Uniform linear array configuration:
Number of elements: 48
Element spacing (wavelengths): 0.25
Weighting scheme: uniform
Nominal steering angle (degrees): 15
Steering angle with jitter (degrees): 13.988
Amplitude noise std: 0.05
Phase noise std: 0.05

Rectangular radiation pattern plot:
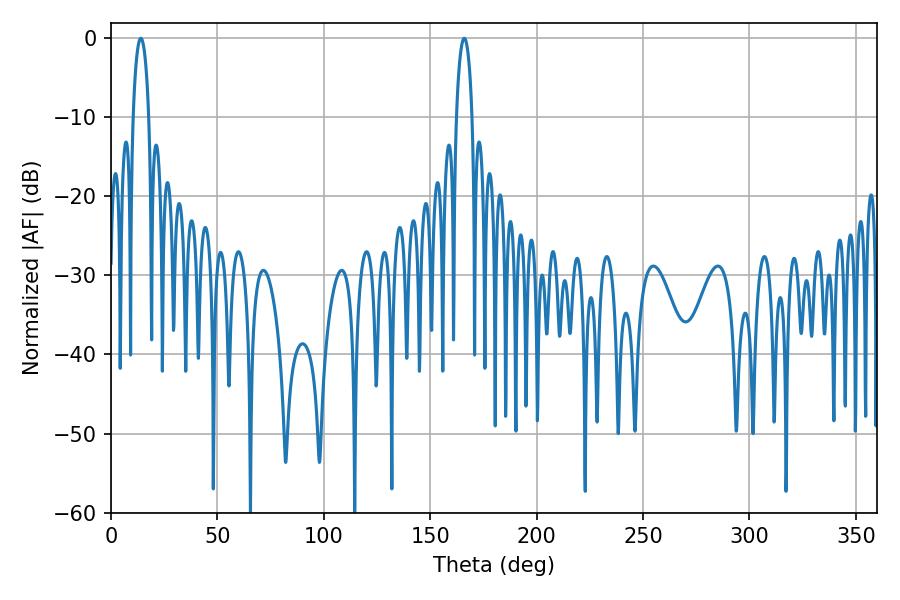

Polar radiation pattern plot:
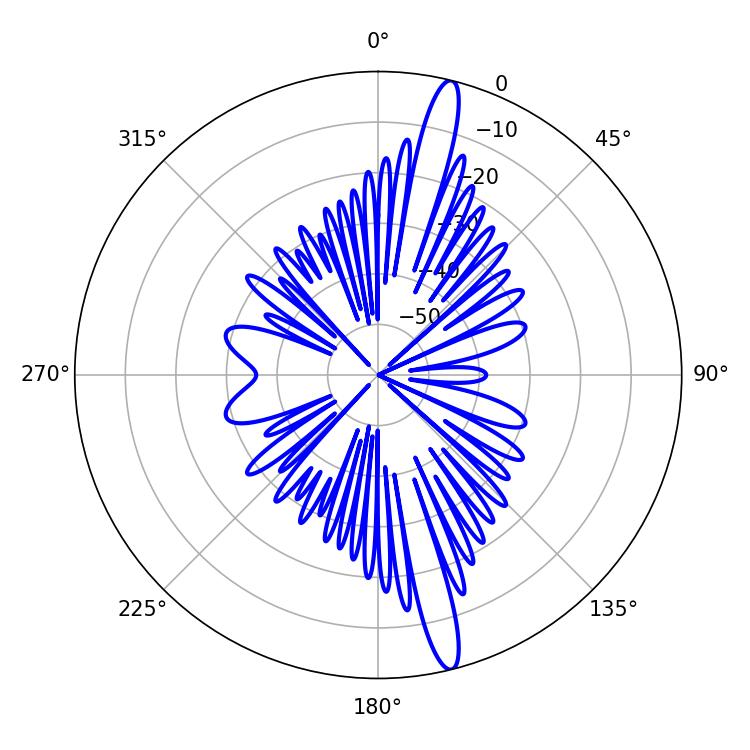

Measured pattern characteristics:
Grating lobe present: FALSE
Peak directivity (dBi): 16.909
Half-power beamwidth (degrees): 4.32
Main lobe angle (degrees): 14.04